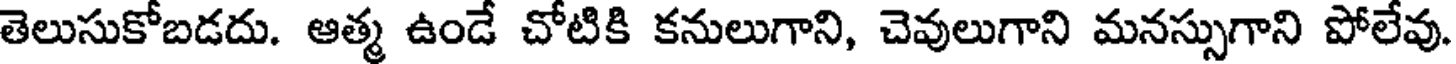
తెలుసుకోబడదు. ఆత్మ ఉండే చోటికి కనులుగాని, చెవులుగాని మనస్సుగాని పోలేవు.